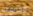
محاسب